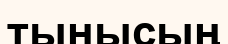
тынысың